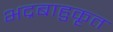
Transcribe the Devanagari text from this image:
भद्रबाहुकृत